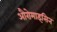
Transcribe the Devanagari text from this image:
औरोमाइसिन